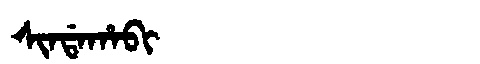
Manchu: ᠰᡳᠨᡩᠠᡥᠠᠪᡳ
Romanization: SINDAHABI